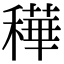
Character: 䅿